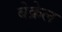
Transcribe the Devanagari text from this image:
बेक्रेल